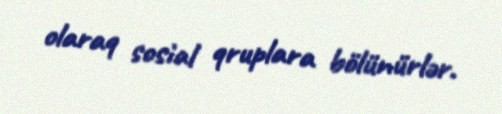
olaraq sosial qruplara bölünürlər.